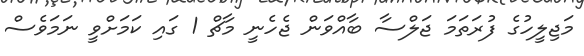
މަޖިލީހުގެ ފުރަތަމަ ޖަލްސާ ބާއްވަން ޖެހެނީ މާޗް 1 ގައި ކަމަށްވީ ނަމަވެސް